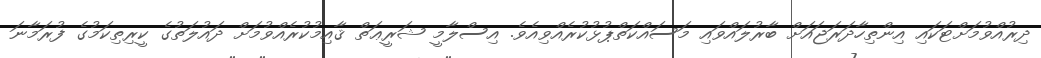
ދިރުއްވުމަށްޓަކައި އިންތިހާދަރަޖައަށް ބާރުލައްވައި މަސައްކަތްޕުޅުކުރެއްވިއެވެ. އިސްލާމީ ޝަރީޢަތް ޤާއިމުކުރެއްވުމަށް ދައުލަތުގެ ކީރިތިކަމުގެ ފުރަމާނަ